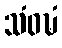
သံဝဍ္ဎံ